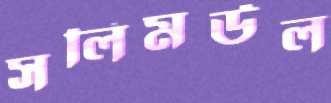
সলিমউল